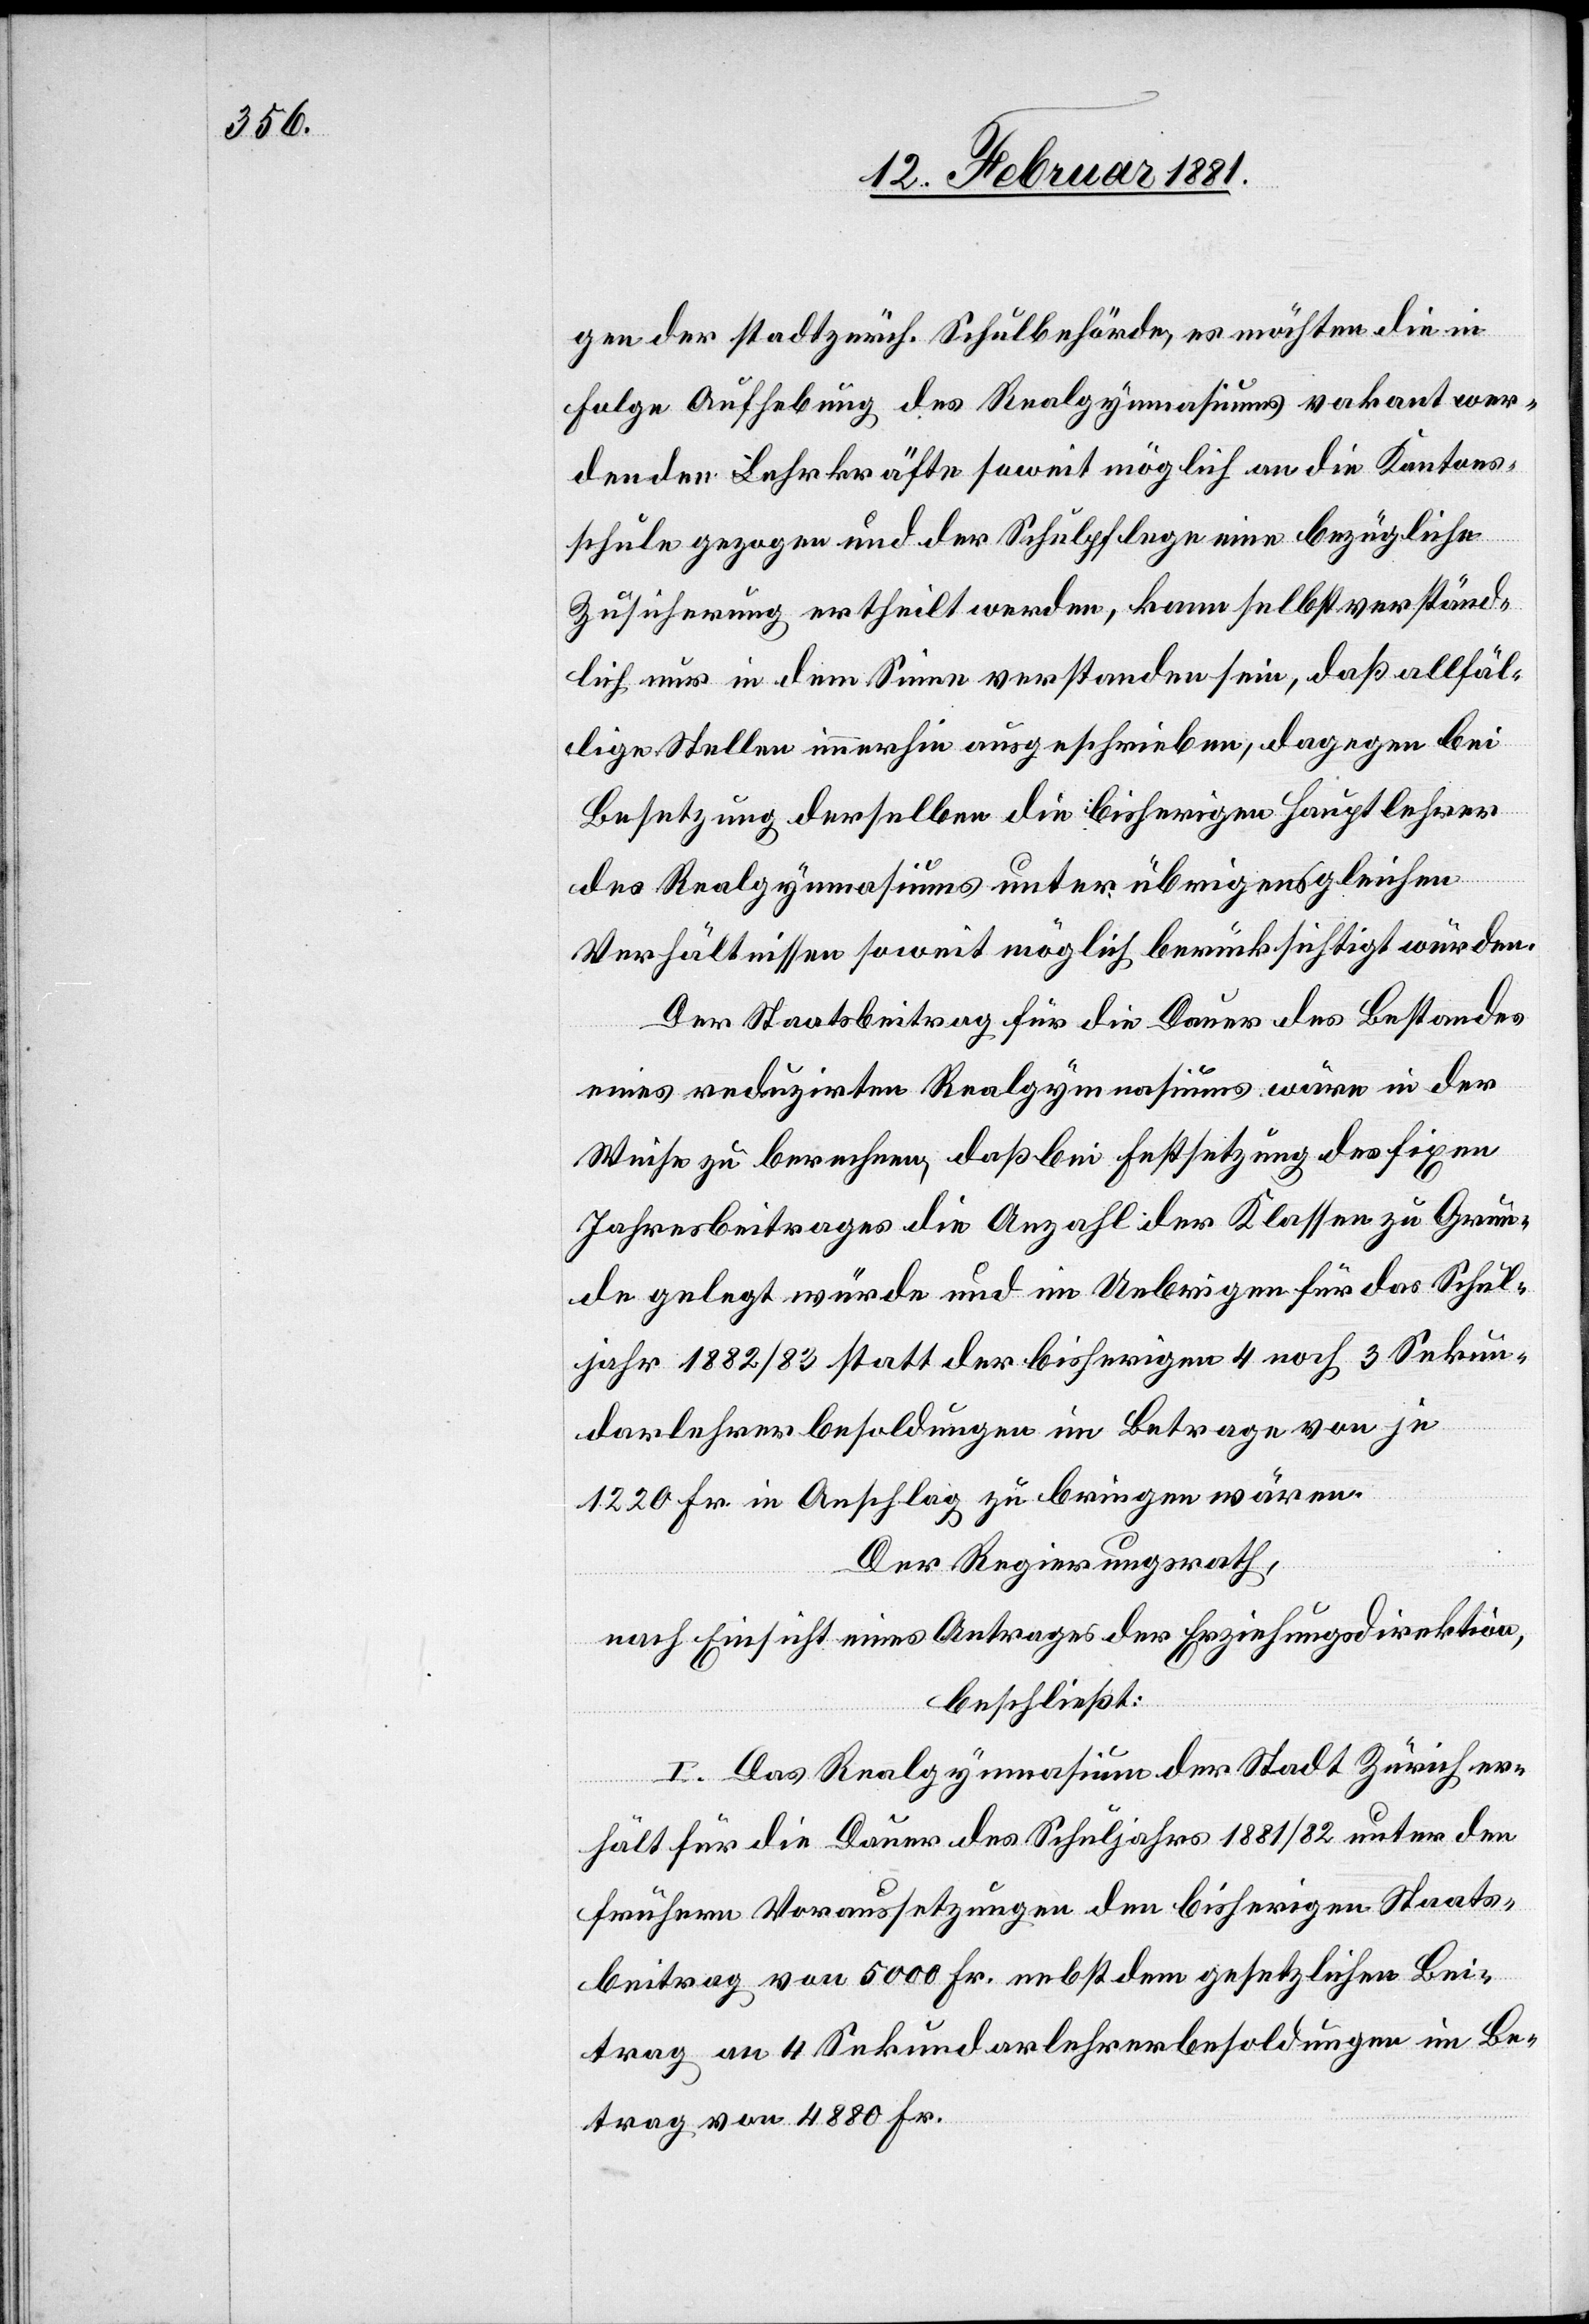
gen der stadtzürch. Schulbehörde, es möchten die in
Folge Aufhebung des Realgymnasiums vakant wer¬
denden Lehrkräfte soweit möglich an die Kantons¬
schule gezogen und der Schulpflege eine bezügliche
Zusicherung ertheilt werden, kann selbstverständ¬
lich nur in dem Sinne verstanden sein, daß allfäl¬
lige Stellen immerhin ausgeschrieben, dagegen bei
Besetzung derselben die bisherigen Hauptlehrer
des Realgymnasiums unter übrigens gleichen
Verhältnisse soweit möglich berücksichtigt würden.
Der Staatsbeitrag für die Dauer des Bestandes
eines reduzirten Realgymnasiums wäre in der
Weise zu berechnen, daß bei Festsetzung des fixen
Jahresbeitrages die Anzahl der Klassen zu Grun¬
de gelegt würde und im Uebrigen für das Schul¬
jahr 1882/83 statt der bisherigen 4 noch 3 Sekun¬
darlehrerbesoldungen im Betrage von je
1220 Fr. in Anschlag zu bringen wären.
Der Regierungsrath,
nach Einsicht eines Antrages der Erziehungsdirektion,
beschließt:
I. Das Realgymnasium der Stadt Zürich er¬
hält für die Dauer des Schuljahres 1881/82 unter den
frühern Voraussetzung den bisherigen Staats¬
beitrag von 5000 Fr. nebst dem gesetzlichen Bei¬
trag an 4 Sekundarlehrerbesoldungen im Be¬
trag von 4880 Fr.